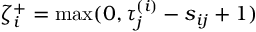
\zeta _ { i } ^ { + } = \operatorname* { m a x } ( 0 , \tau _ { j } ^ { ( i ) } - s _ { i j } + 1 )